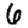
Digit: 6